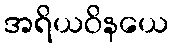
အရိယဝိနယေ